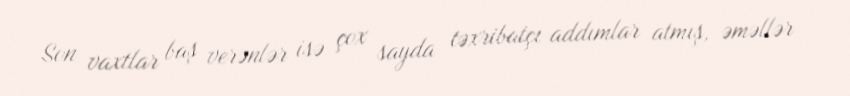
Son vaxtlar baş verənlər isə çox sayda təxribatçı addımlar atmış, əməllər